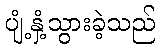
ပျံ့နှံ့သွားခဲ့သည်